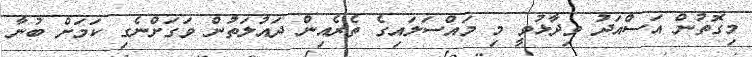
މިގޮތުން އަސްއަދު ވިދާޅުވީ މި މައްސަލައިގެ ތެރެއިން ދައުލަތުން ވަގަށްނެގި ކަމަށް ބުނާ